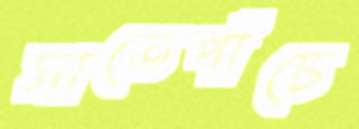
সাতেপাঁচে